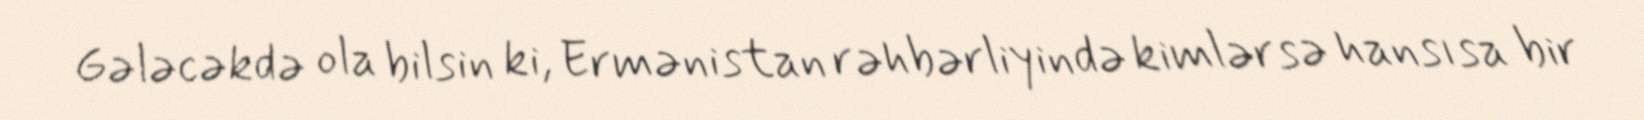
Gələcəkdə ola bilsin ki, Ermənistan rəhbərliyində kimlərsə hansısa bir